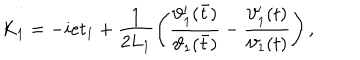
LaTeX: K _ { 1 } = - i e t _ { 1 } + \frac { 1 } { 2 L _ { 1 } } \left( \frac { \vartheta _ { 1 } ^ { \prime } ( \bar { t } ) } { \vartheta _ { 1 } ( \bar { t } ) } - \frac { \vartheta _ { 1 } ^ { \prime } ( t ) } { \vartheta _ { 1 } ( t ) } \right) ,